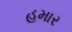
હમાર